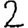
Digit: 2